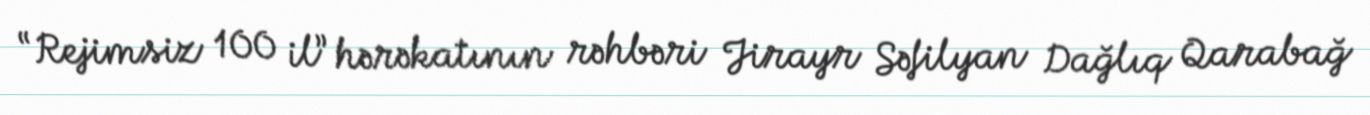
“Rejimsiz 100 il” hərəkatının rəhbəri Jirayr Səfilyan Dağlıq Qarabağ